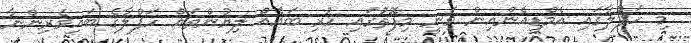
މި ހަފްލާގައި އެމްޑީއެންއިން ވަނީ މިފޮތުގައި ހުރި ބައެއް ލިޔުންތައް ހަފްލާގެ ބައިވެރިންނާ